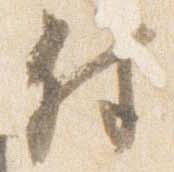
付